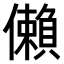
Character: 𫣻